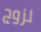
لزوج